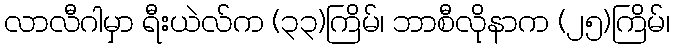
လာလီဂါမှာ ရီးယဲလ်က (၃၃)ကြိမ်၊ ဘာစီလိုနာက (၂၅)ကြိမ်၊